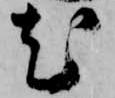
尤